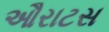
ઔરાટસ